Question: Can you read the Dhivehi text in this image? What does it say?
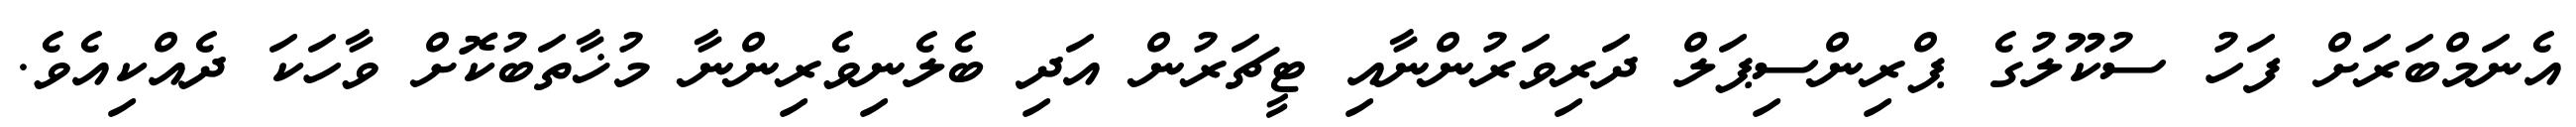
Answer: އެނަމްބަރަށް ފަހު ސުކޫލުގެ ޕްރިންސިޕަލް ދަރިވަރުންނާއި ޓީޗަރުން އަދި ބެލެނިވެރިންނާ މުޚާތަބުކޮށް ވާހަކަ ދެއްކިއެވެ.